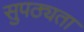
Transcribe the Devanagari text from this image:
सुपठ्यता